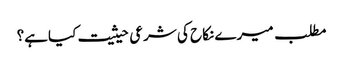
مطلب میرے نکاح کی شرعی حیثیت کیاہے؟